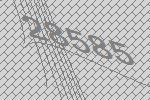
28585